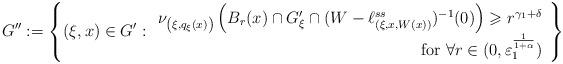
LaTeX: \begin{align*}G '' := \left\{ ( \xi ,x ) \in G ' : \begin{array}{r}\nu _{\left( \xi, q _\xi (x) \right)} \left( B _r (x) \cap G ' _\xi \cap ( W - \ell ^{ss} _{(\xi, x, W(x))} ) ^{-1} (0) \right) \geqslant r ^{ \gamma _1 + \delta } \\\mbox{ for } \forall r \in ( 0 , \varepsilon _1 ^{\frac{1}{1 + \alpha}} )\end{array} \right\}\end{align*}